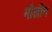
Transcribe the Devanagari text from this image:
मौलीन